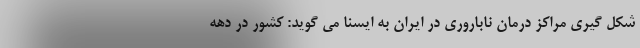
شکل گیری مراکز درمان ناباروری در ایران به ایسنا می گوید: کشور در دهه